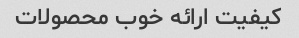
کیفیت ارائه خوب محصولات